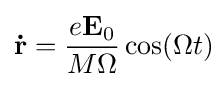
\mathbf {\dot {r}} ={\frac {e\mathbf {E} _{0}}{M\Omega }}\cos(\Omega t)\!